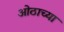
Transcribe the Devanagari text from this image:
ओठाच्या